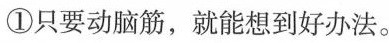
①只要动脑筋，就能想到好办法。